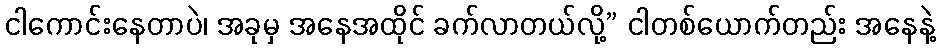
ငါကောင်းနေတာပဲ၊ အခုမှ အနေအထိုင် ခက်လာတယ်လို့” ငါတစ်ယောက်တည်း အနေနဲ့